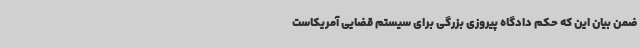
ضمن بیان این که حکم دادگاه پیروزی بزرگی برای سیستم قضایی آمریکاست